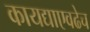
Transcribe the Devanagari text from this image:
कायद्याएवढेच